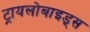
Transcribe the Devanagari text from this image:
ट्रायलोबाइड्स